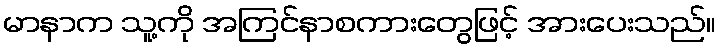
မာနာက သူ့ကို အကြင်နာစကားတွေဖြင့် အားပေးသည်။